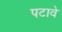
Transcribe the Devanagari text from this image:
पटावे